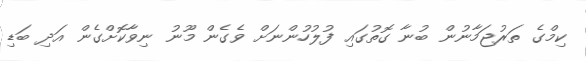
ކިމްގެ ތަރުޖަމާނުން ބުނާ ގޮތުގައި ފުލުހުންނަށް ވެގެން މޫނު ނިވާކޮށްގެން އަދި ބަޑި